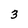
Character: 3